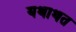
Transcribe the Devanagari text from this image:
यथाथत